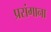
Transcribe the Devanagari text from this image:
प्रसंगाना